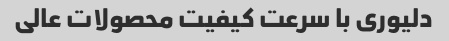
دلیوری با سرعت کیفیت محصولات عالی